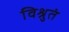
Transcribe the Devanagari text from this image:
विश्रुतं